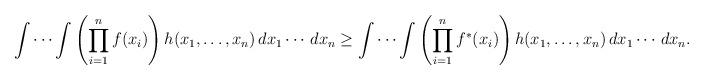
LaTeX: \begin{align*}\idotsint \left( \prod_{i=1}^{n} f(x_{i}) \right) h(x_{1},\dotsc,x_{n}) \, dx_{1} \dotsm \, dx_{n} \geq \idotsint \left( \prod_{i=1}^{n} f^{*}(x_{i}) \right) h(x_{1},\dotsc,x_{n}) \, dx_{1} \dotsm \, dx_{n}.\end{align*}